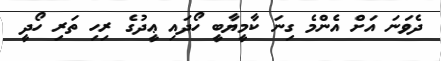
ދެވަނަ އަށް އެންމެ ގިނަ ކާމީޔާބީ ހޯދައި ޢީދުގެ ރިހި ތަރި ހޯދީ